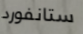
ستانفورد